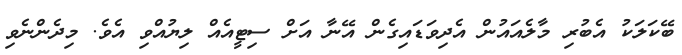
ބޭކަލަކު އެބުރި މާލެއައުން އެދިވަޑައިގެން އޭނާ އަށް ސިޓީއެއް ލިޔުއްވި އެވެ. މިދެންނެވި